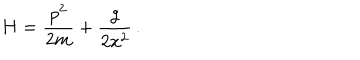
H = { \frac { p ^ { 2 } } { 2 m } } + { \frac { g } { 2 x ^ { 2 } } } \, .